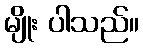
မျိုး ပါသည်။